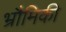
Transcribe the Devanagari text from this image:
भ्रौमिकी